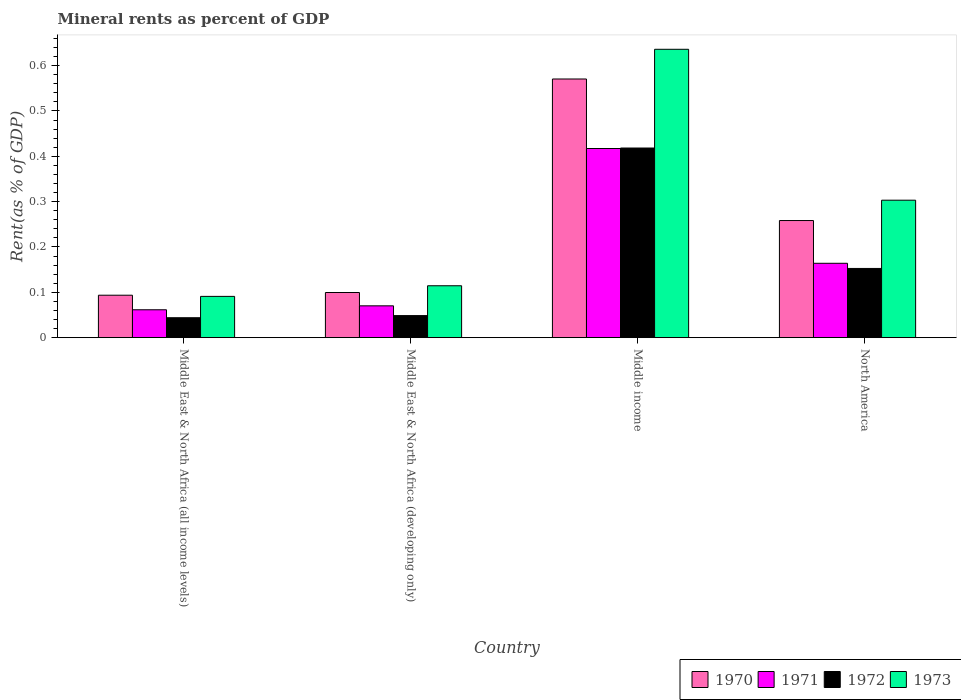
| Country | 1970 | 1971 | 1972 | 1973 |
 | --- | --- | --- | --- | --- |
 | Middle East & North Africa (all income levels) | 0.0936 | 0.0615 | 0.044 | 0.091 |
 | Middle East & North Africa (developing only) | 0.0996 | 0.0702 | 0.0487 | 0.114 |
 | Middle income | 0.571 | 0.417 | 0.418 | 0.636 |
 | North America | 0.258 | 0.164 | 0.153 | 0.303 |